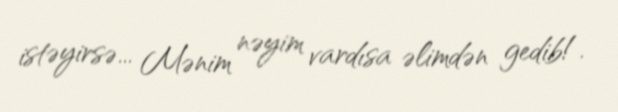
istəyirsə... Mənim nəyim vardısa əlimdən gedib!.